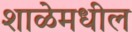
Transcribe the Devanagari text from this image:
शाळेमधील